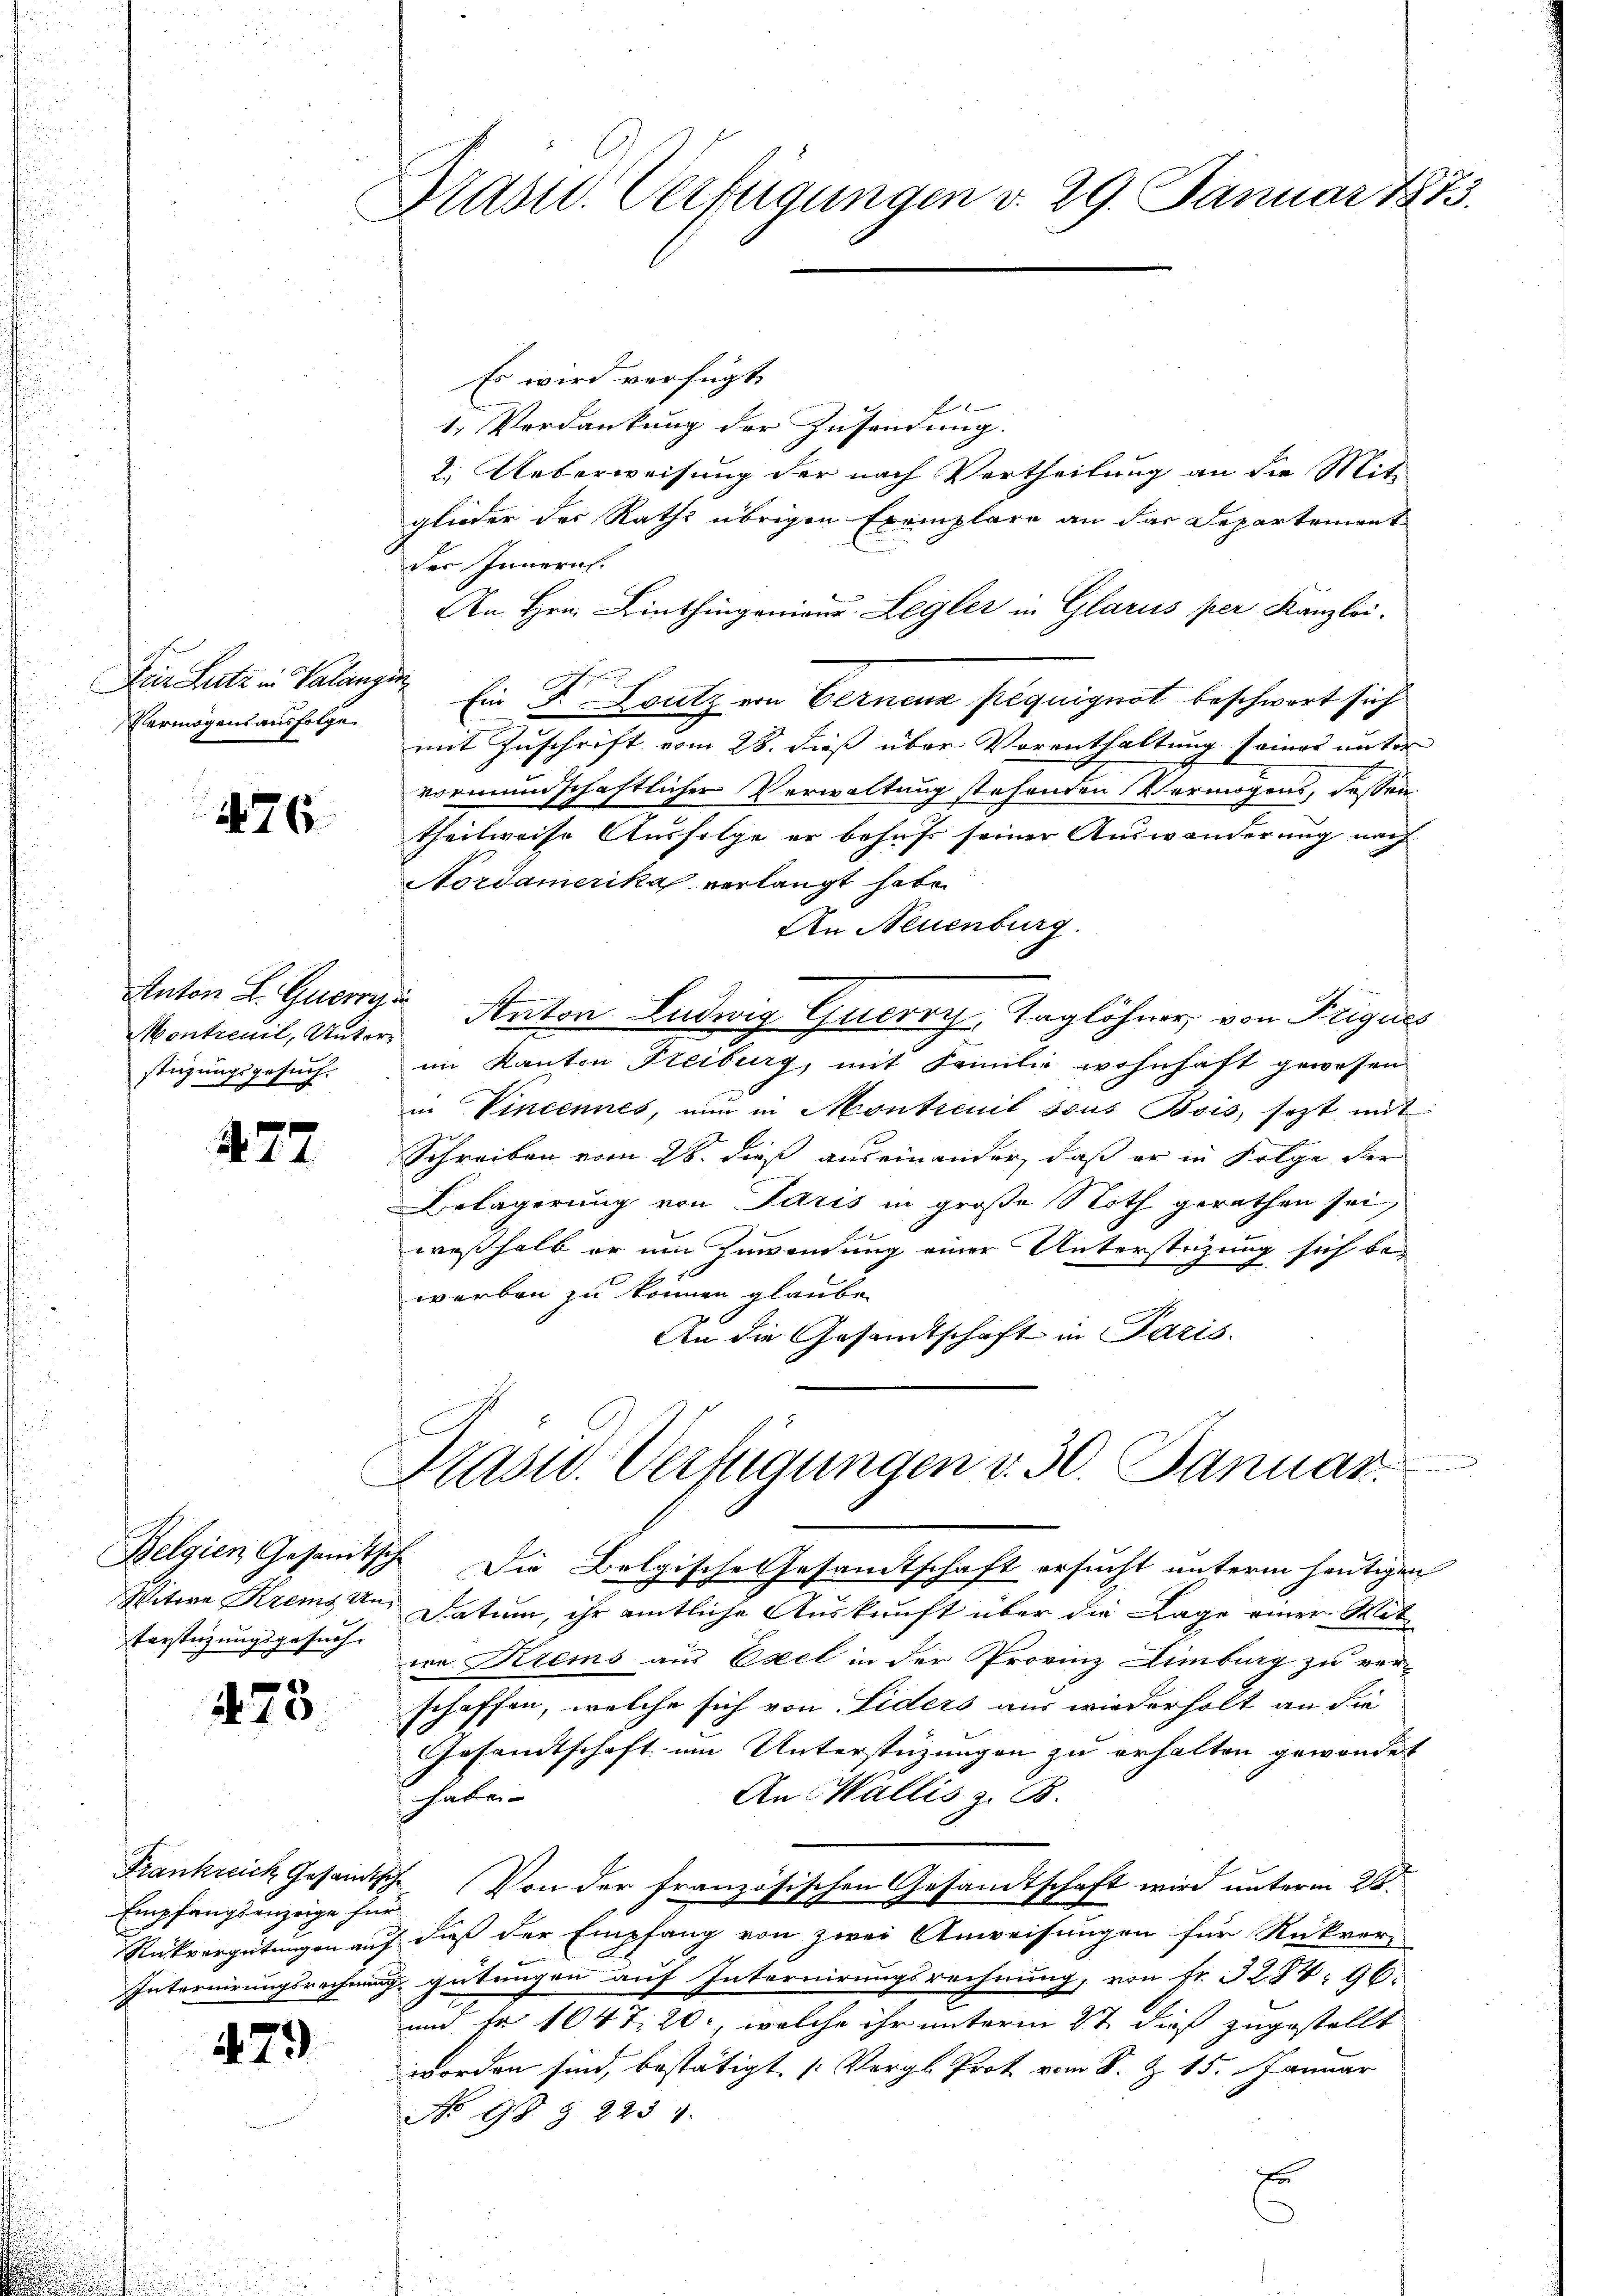
Deie Leite in Valangin
Vermögens ausfolge

476

Montreuil, Unterstigungsgesuch.

477

Belgien Gesandtsch
Witwe Krems Un¬
Vorstüzungsgesuch.

473

Frankreich Gesandtsch
Empfangsanzeige für
Internirungsrechnung

479

Drast. Verfügungen v. 29. Januar 1873.

Es wird verfügt:
f
1. Verdankung der Zusendung.
2. Ueberweisung der nach Vortheilung an die Mitglieder des Raths übrigen Exemplare an das Departement
der Innern.
An Hrn. Linthingenieur Legler in Glarus per Kanzlei.
Ein Fr. Loutz von Eernenz péquignot beschwert sich
mit Zuschrift vom 28. dieß über Vorenthaltung seines unter
vormundschaftlicher Verwaltung stehenden Vermögens, dassen
theilweise Ausfolge er behufs seiner Auswanderung nach
Nordamerika verlangt habe
An Neuenburg.
Anton L. Georg Anton Ludwig Gucrry, Taglöhner, von Trigues
im Kanton Freiburg, mit Familie wohnhaft gewesen
in Vincennes, nun in Montienit sous Bois, sezt mit
Schreiben vom 28. dieß auseinander, daß er in Folge der
Belagerung von Paris in große Noth gerathen sei,
weßhalb er um Zuwendung einer Unterstüzung sich bewerben zu können glaube.
An die Gesandtschaft in Paris.

Präsid. Verfügungen v. 30. Januar.

Die Belgische Gesandtschaft ersucht unterm heutigen
Datum, ihr amtliche Auskunft über die Lage einer Mit-
wa Krems aus Esel in der Provinz Limburg zu verschaffen, welche sich von Fiders aus wiederholt an die
Gesandtschaft um Unterstüzungen zu erhalten gewendet
An Wallis z. B.
haben
 Von der französischen Gesandtschaft wird unterm 26ten
Rückvergütungen auf dieß der Empfang von zwei Anweisungen für Rückver-
u gütungen auf Internirungsrechnung, von Fr. 32. 84, 96.
und Fr. 1047. 20, welche ihr unterm 2t dieß zugestellt
worden sind, bestätigt [Vergl. Prot vom 8. Z. 15. Januar
No 98 § 223 1
E